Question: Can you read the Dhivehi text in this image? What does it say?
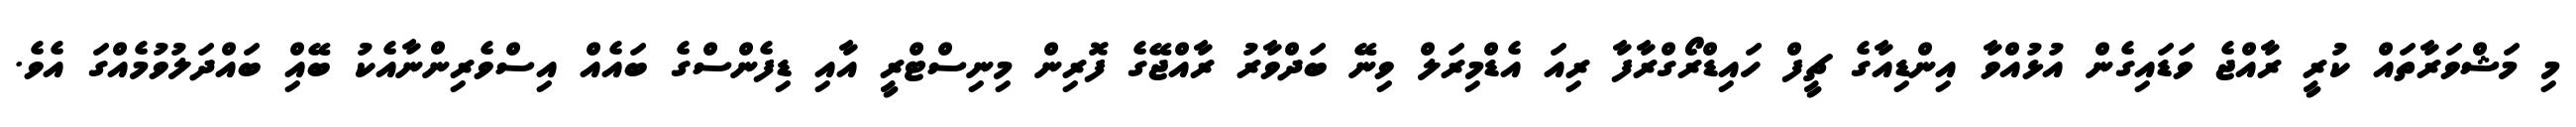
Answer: މި މަޝްވަރާތައް ކުރީ ރާއްޖެ ވަޑައިގެން އުޅުއްވާ އިންޑިއާގެ ޗީފް ހައިޑްރޯގްރާފާ ރިއަ އެޑްމިރަލް ވިނޭ ބަދްވާރު ރާއްޖޭގެ ފޮރިން މިނިސްޓްރީ އާއި ޑިފެންސްގެ ބައެއް އިސްވެރިންނާއެކު ބޭއްި ބައްދަލުވުމެއްގަ އެވެ.